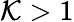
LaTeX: \mathcal{K}>1